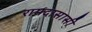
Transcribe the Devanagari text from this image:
रामदासासी